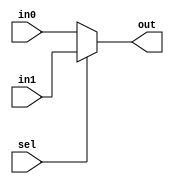
module mux_10b (in0, in1, sel, out);
	
	input [9:0] in0, in1;
	input sel;
	output [9:0] out;

assign out = (sel) ? in1 : in0;

endmodule